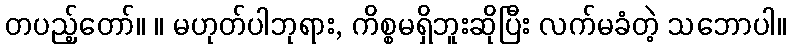
တပည့်တော်။ ။ မဟုတ်ပါဘုရား, ကိစ္စမရှိဘူးဆိုပြီး လက်မခံတဲ့ သဘောပါ။